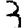
Digit: 3